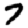
Digit: 7